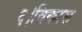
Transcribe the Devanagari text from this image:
६।विकास